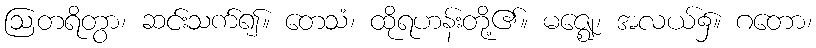
ဩတရိတွာ၊ ဆင်းသက်၍။ တေသံ၊ ထိုရဟန်းတို့၏။ မဇ္ဈေ၊ အလယ်၌။ ဂတော၊